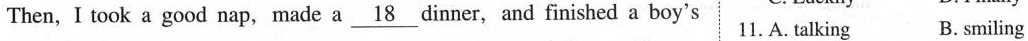
Then, I took a good nap, made a \underline{18} dinner,and finished a boy's 11.A. Talking B.Smiling